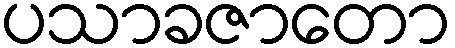
ပသာခဇာတော